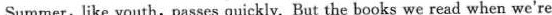
Summer, like youth,passes quickly. But the books we read when we're